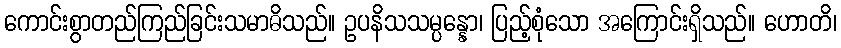
ကောင်းစွာတည်ကြည်ခြင်းသမာဓိသည်။ ဥပနိသသမ္ပန္နော၊ ပြည့်စုံသော အကြောင်းရှိသည်။ ဟောတိ၊